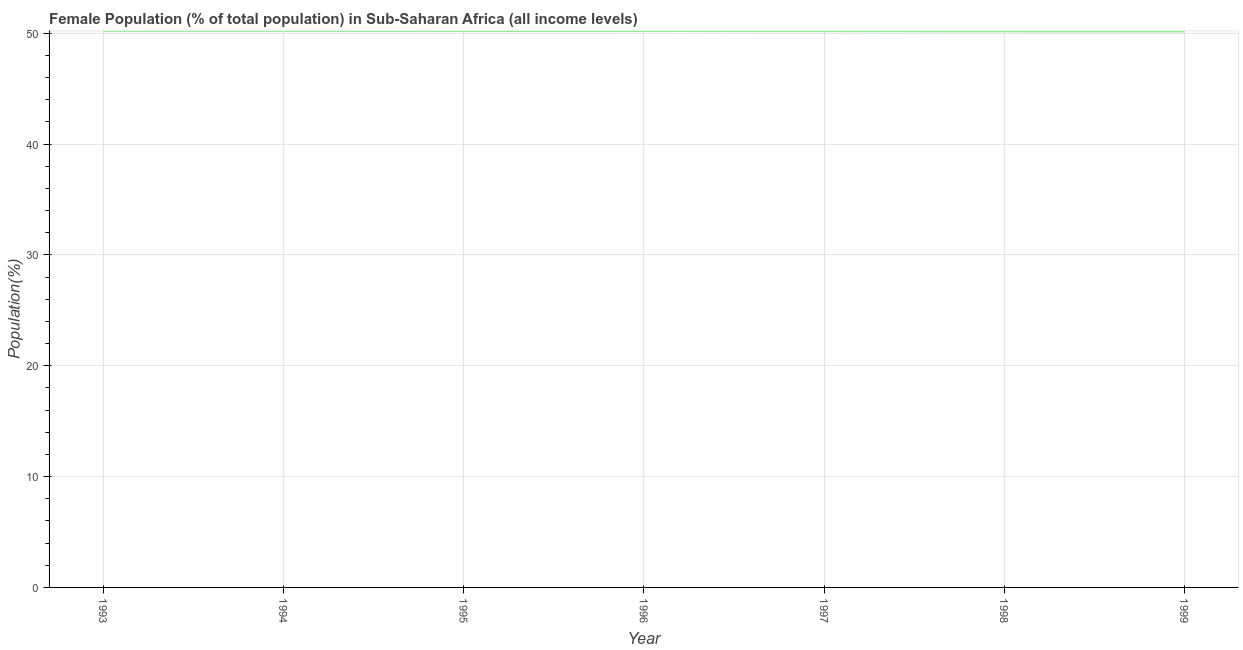
| Year | Female |
 | --- | --- |
 | 1993 | 50.2 |
 | 1994 | 50.2 |
 | 1995 | 50.2 |
 | 1996 | 50.2 |
 | 1997 | 50.2 |
 | 1998 | 50.2 |
 | 1999 | 50.2 |